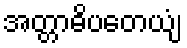
အတ္တာဓိပတေယျံ